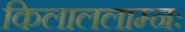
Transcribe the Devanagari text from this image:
किलाललाम्नः